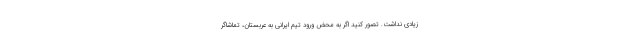
زیادی نداشت. تصور کنید اگر به محض ورود تیم ایرانی به عربستان، تماشاگر